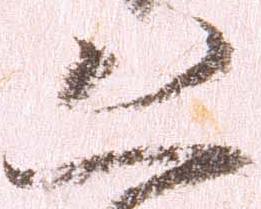
恐